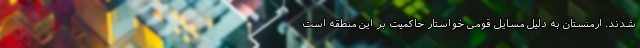
شدند. ارمنستان به دلیل مسایل قومی خواستار حاکمیت بر این منطقه است